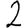
Digit: 2